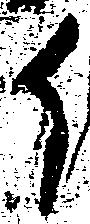
イ